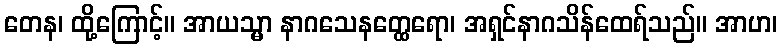
တေန၊ ထို့ကြောင့်။ အာယသ္မာ နာဂသေနတ္ထေရော၊ အရှင်နာဂသိန်ထေရ်သည်။ အာဟ၊